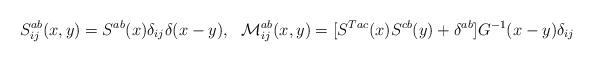
\begin{align*}S^{ab}_{ij}(x,y)=S^{ab}(x)\delta_{ij}\delta(x-y), \ \ {\cal M}^{ab}_{ij}(x,y)=[S^{Tac}(x)S^{cb}(y)+\delta^{ab}]G^{-1}(x-y)\delta_{ij}\end{align*}